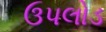
ઉપલોડ